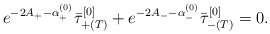
\begin{align*}e^{-2A_+-\alpha^{(0)}_+}\bar{\tau}_{+(T)}^{[0]} + e^{-2A_--\alpha^{(0)}_-}\bar{\tau}_{-(T)}^{[0]} = 0. \end{align*}